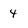
Character: 4